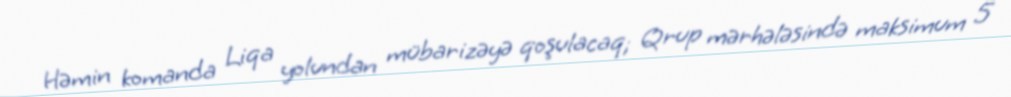
Həmin komanda Liqa yolundan mübarizəyə qoşulacaq; Qrup mərhələsində maksimum 5